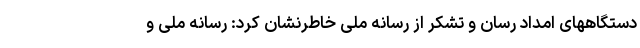
دستگاههای امداد رسان و تشکر از رسانه ملی خاطرنشان کرد: رسانه ملی و